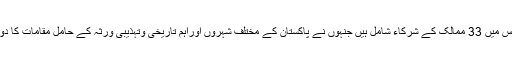
فارن سروس اکیڈمی کے ڈائریکٹر پروگرام محمد واصف نے کہا کہ کورس میں 33 ممالک کے شرکاء شامل ہیں جنہوں نے پاکستان کے مختلف شہروں اوراہم تاریخی وتہذیبی ورثہ کے حامل مقامات کا دورہ کیا اورپاکستانی تہذیب وثقافت کے مختلف رنگوں کوقریب سے دیکھا۔